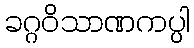
ခဂ္ဂဝိသာဏကပ္ပါ